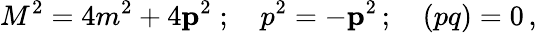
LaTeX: M^{2}=4m^{2}+4{\mathbf p}^{2}\; ;\quad p^{2}=-{\mathbf p}^{2}\, ;\quad(pq)=0\, ,